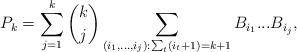
LaTeX: \begin{align*}P_k=\sum_{j=1}^k \binom{k}{j}\sum_{(i_1,...,i_j):\sum_t (i_t+1)=k+1}B_{i_1}...B_{i_j},\end{align*}